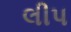
લીપ